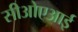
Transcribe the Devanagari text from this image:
सीओएआई